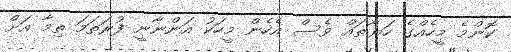
ކޮންމެ މީހެއްގެ ހަޔާތައް ވެސް އެހެން މީހަކު އަންނާނީ ފުރަތަމަ ތިމާ އަށް